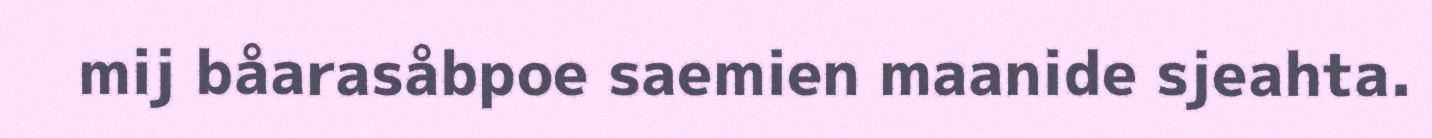
mij båarasåbpoe saemien maanide sjeahta.